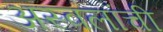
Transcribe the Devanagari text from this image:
अस्वलांची